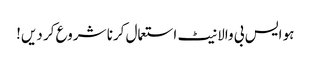
ہو ایس بی والا نیٹ استعمال کرنا شروع کر دیں!